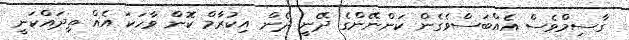
ގާސިމްވެސް އެއްބަސްވެގެން ކަންނޭންގެ ދޭނީ ދެން އިކުރާމް ކޮން ވާހަކަ އެއް ތިދައްކަނީ